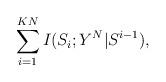
LaTeX: \begin{align*} \sum_{i = 1}^{KN} I(S_i;Y^N|S^{i-1}),\end{align*}